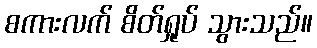
စကားလက် စိတ်ရှုပ် သွားသည်။